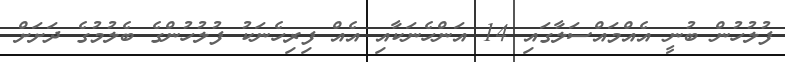
ފުލުހުން ބުނީ އެއްމައްސަލާގައި 14 އަންހެނަކާއި އެއް ފިރިހެނަކު ފުލުހުންގެ ބެލުމުގެ ދަށަށް